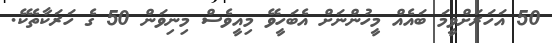
50 އަހަރަށްވީމަ ބައެއް މީހުންނަށް އެބަހީވޭ މިއީވެސް މިނިވަން 50 ގެ ހަރަކާތެކޭ.